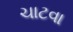
ચાટવા